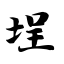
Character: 埕